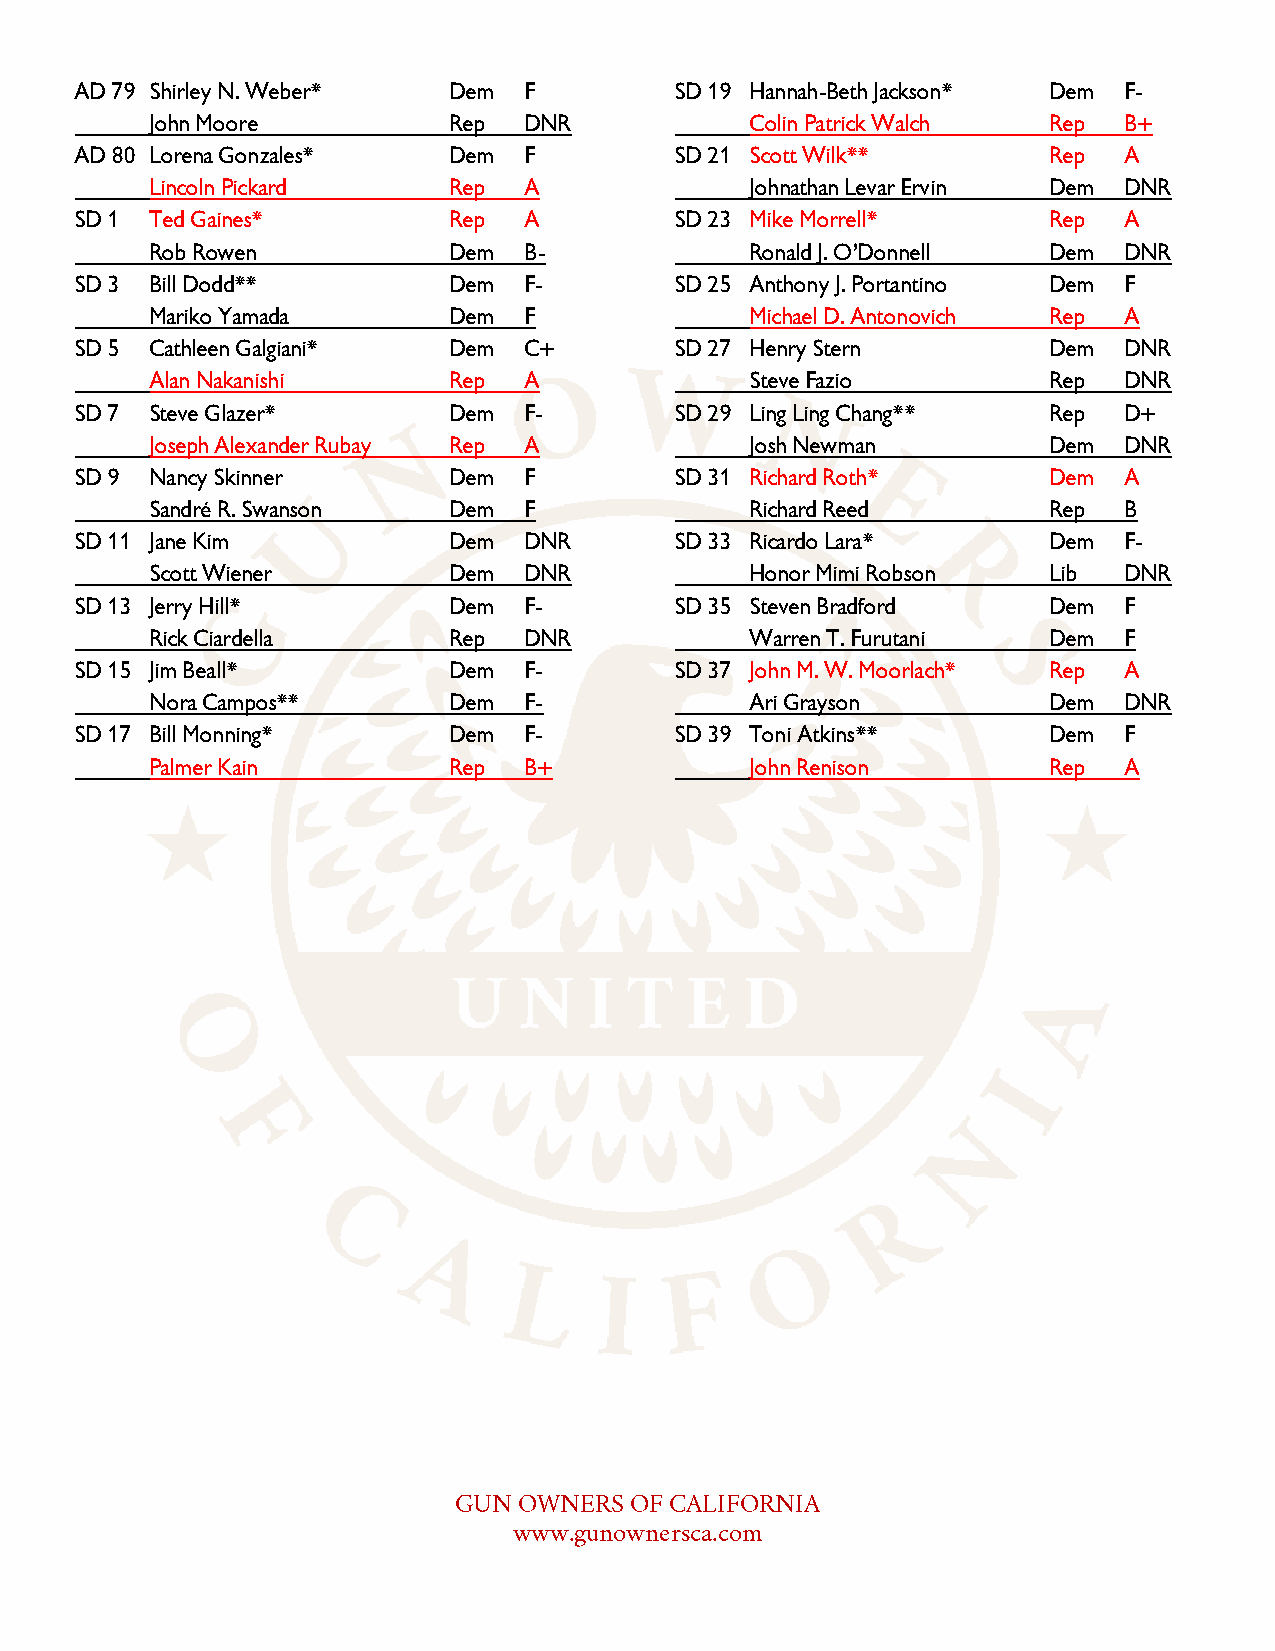
AD 79 Shirley N. Weber*  Dem  F         SD 19 Hannah-Beth Jackson* Dem F-
 John Moore          Rep  DNR            Colin Patrick Walch Rep B+
 AD 80 Lorena Gonzales*   Dem  F         SD 21 Scott Wilk**       Rep A
 Lincoln Pickard     Rep  A              Johnathan Levar Ervin Dem DNR
 SD 1 Ted Gaines*         Rep  A         SD 23 Mike Morrell*      Rep A
 Rob Rowen           Dem  B-             Ronald J. O’Donnell Dem DNR
 SD 3 Bill Dodd**         Dem  F-        SD 25 Anthony J. Portantino Dem F
 Mariko Yamada       Dem  F              Michael D. Antonovich Rep A
 SD 5 Cathleen Galgiani*  Dem  C+        SD 27 Henry Stern        Dem DNR
 Alan Nakanishi      Rep  A              Steve Fazio         Rep DNR
 SD 7 Steve Glazer*       Dem  F-        SD 29 Ling Ling Chang**  Rep D+
 Joseph Alexander Rubay Rep A            Josh Newman         Dem DNR
 SD 9 Nancy Skinner       Dem  F         SD 31 Richard Roth*      Dem A
 Sandré R. Swanson   Dem  F              Richard Reed        Rep B
 SD 11 Jane Kim           Dem  DNR       SD 33 Ricardo Lara*      Dem F-
 Scott Wiener        Dem  DNR            Honor Mimi Robson   Lib DNR
 SD 13 Jerry Hill*        Dem  F-        SD 35 Steven Bradford    Dem F
 Rick Ciardella      Rep  DNR            Warren T. Furutani  Dem F
 SD 15 Jim Beall*         Dem  F-        SD 37 John M. W. Moorlach* Rep A
 Nora Campos**       Dem  F-             Ari Grayson         Dem DNR
 SD 17 Bill Monning*      Dem  F-        SD 39 Toni Atkins**      Dem F
 Palmer Kain         Rep  B+             John Renison        Rep A
 GUN OWNERS  OF CALIFORNIA
 www.gunownersca.com